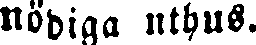
nödiga uthus.